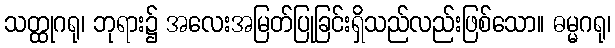
သတ္ထုဂရု၊ ဘုရား၌ အလေးအမြတ်ပြုခြင်းရှိသည်လည်းဖြစ်သော။ ဓမ္မဂရု၊